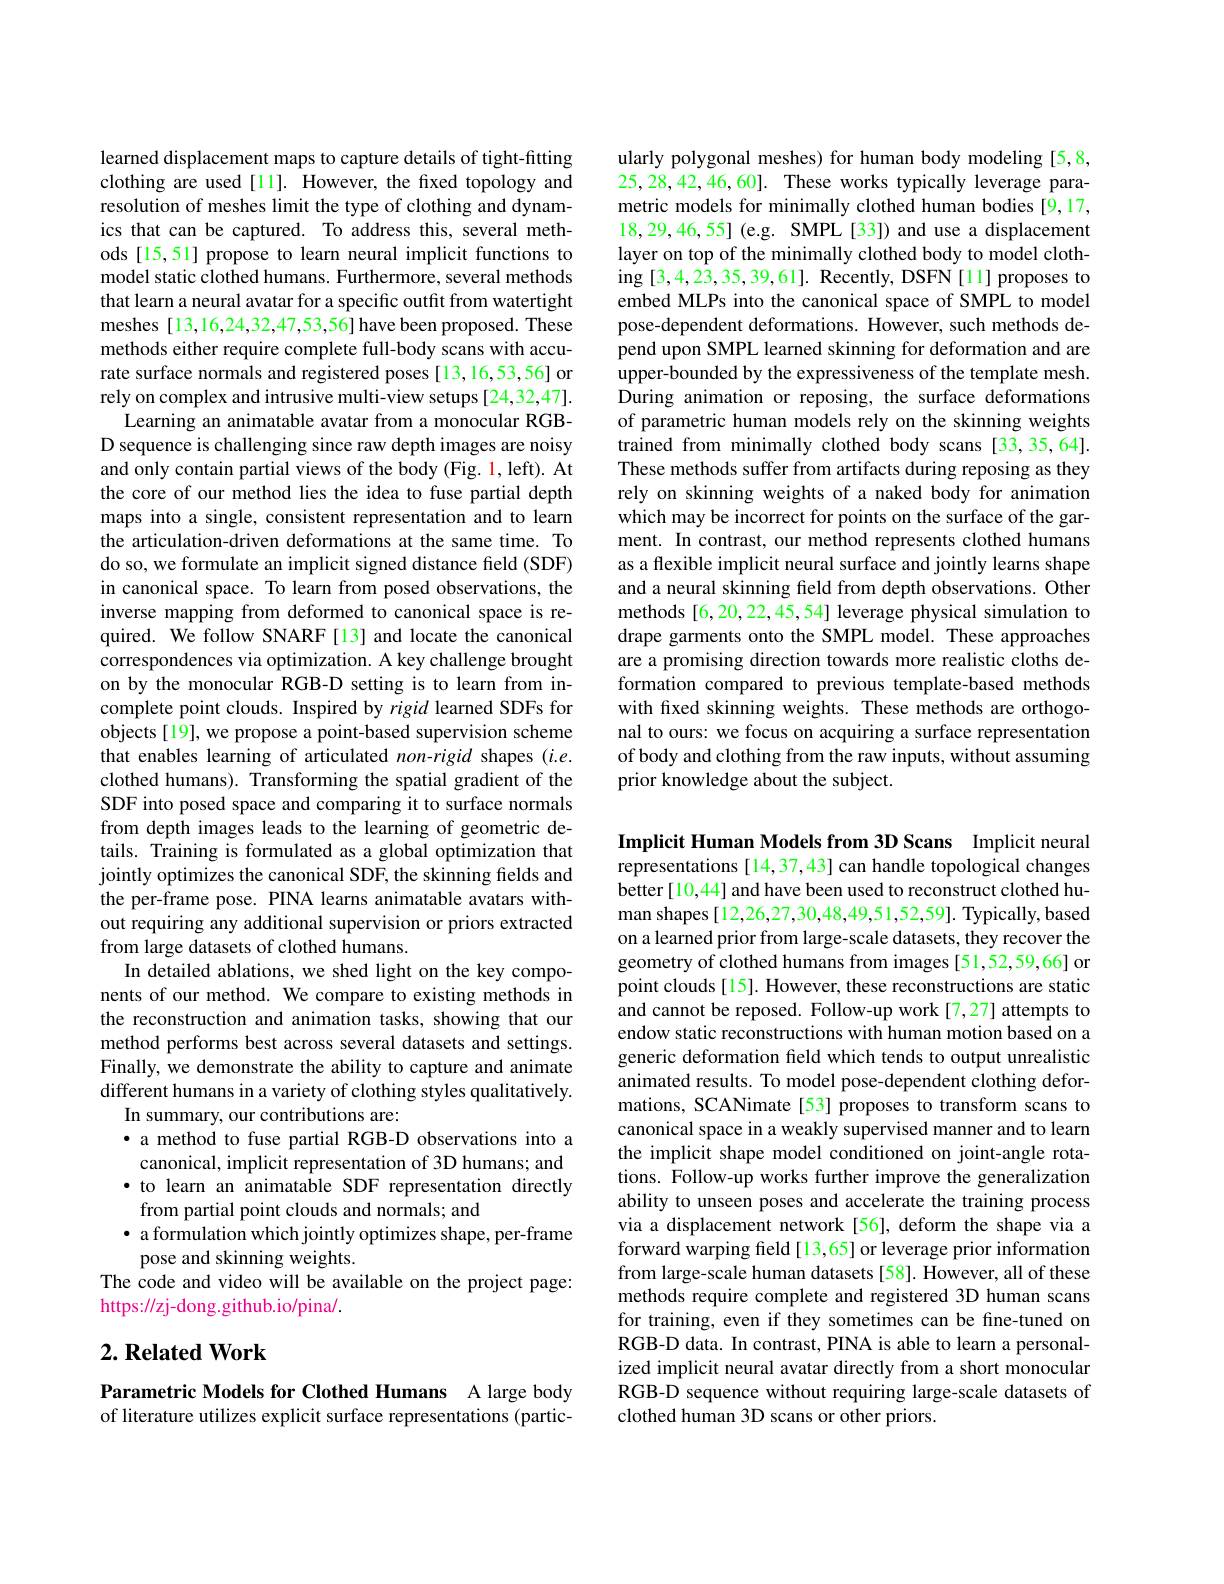
learned displacement maps to capture details of tight-fitting clothing are used[11]. However, the fixed topology and resolution of meshes limit the type of clothing and dynamics that can be captured. To address this, several methods [15,51] propose to learn neural implicit functions to model static clothed humans. Furthermore, several methods that learn a neural avatar for a specific outfit from watertight meshes [13,16,24,32,47,53,56] have been proposed. These methods either require complete full-body scans with accurate surface normals and registered poses [13,16,53,56] or rely on complex and intrusive multi-view setups[24,32,47].
Learning an animatable avatar from a monocular RGBD sequence is challenging since raw depth images are noisy and only contain partial views of the body (Fig. 1, left). At the core of our method lies the idea to fuse partial depth maps into a single, consistent representation and to learn the articulation-driven deformations at the same time. To do so, we formulate an implicit signed distance field (SDF) in canonical space. To learn from posed observations, the inverse mapping from deformed to canonical space is required. We follow SNARF[13] and locate the canonical correspondences via optimization. A key challenge brought on by the monocular RGB-D setting is to learn from incomplete point clouds. Inspired by rigid learned SDFs for objects[19], we propose a point-based supervision scheme that enables learning of articulated $non-rigid$ shapes $(i.e.$ clothed humans). Transforming the spatial gradient of the SDF into posed space and comparing it to surface normals from depth images leads to the learning of geometric details. Training is formulated as a global optimization that jointly optimizes the canonical SDF, the skinning fields and the per-frame pose. PINA learns animatable avatars without requiring any additional supervision or priors extracted from large datasets of clothed humans.
In detailed ablations, we shed light on the key components of our method. We compare to existing methods in the reconstruction and animation tasks, showing that our method performs best across several datasets and settings. Finally, we demonstrate the ability to capture and animate different humans in a variety of clothing styles qualitatively.
In summary, our contributions are:
·a method to fuse partial RGB-D observations into a canonical, implicit representation of 3D humans; and ·to learn an animatable SDF representation directly
from partial point clouds and normals; and
· a formulation which jointly optimizes shape, per-frame
pose and skinning weights.
The code and video will be available on the project page:
https://zj-dong.github.io/pina/.

## $2. \textbf{Related Work}$

Parametric Models for Clothed Humans A large body of literature utilizes explicit surface representations (partic-

ularly polygonal meshes) for human body modeling [5,8, 25,28,42,46,60]. These works typically leverage parametric models for minimally clothed human bodies [9,17, 18,29,46,55] (e.g. SMPL[33]) and use a displacement layer on top of the minimally clothed body to model cloth- $\operatorname{ing}[3,4,23,35,39,61].$ Recently, DSFN[11] proposes to embed MLPs into the canonical space of SMPL to model pose-dependent deformations. However, such methods depend upon SMPL learned skinning for deformation and are upper-bounded by the expressiveness of the template mesh. During animation or reposing, the surface deformations of parametric human models rely on the skinning weights trained from minimally clothed body scans [33,35,64]. These methods suffer from artifacts during reposing as they rely on skinning weights of a naked body for animation which may be incorrect for points on the surface of the garment. In contrast, our method represents clothed humans as a flexible implicit neural surface and jointly learns shape and a neural skinning field from depth observations. Other methods [6,20,22,45,54] leverage physical simulation to drape garments onto the SMPL model. These approaches are a promising direction towards more realistic cloths deformation compared to previous template-based methods with frxed skinning weights. These methods are orthogonal to ours: we focus on acquiring a surface representation of body and clothing from the raw inputs, without assuming prior knowledge about the subject.

Implicit Human Models from 3D Scans Implicit neural representations [14,37,43] can handle topological changes better [10,44] and have been used to reconstruct clothed human shapes [12,26,27,30,48,49,51,52,59]. Typically, based on a learned prior from large-scale datasets, they recover the geometry of clothed humans from images[51,52,59,66] or point clouds [15]. However, these reconstructions are static and cannot be reposed. Follow-up work [7,27] attempts to endow static reconstructions with human motion based on a generic deformation field which tends to output unrealistic animated results. To model pose-dependent clothing deformations, SCANimate[53] proposes to transform scans to canonical space in a weakly supervised manner and to learn the implicit shape model conditioned on joint-angle rotations. Follow-up works further improve the generalization ability to unseen poses and accelerate the training process via a displacement network[56], deform the shape via a forward warping field[13,65] or leverage prior information from large-scale human datasets [58]. However, all of these methods require complete and registered 3D human scans for training, even if they sometimes can be fine-tuned on RGB-D data. In contrast, PINA is able to learn a personalized implicit neural avatar directly from a short monocular RGB-D sequence without requiring large-scale datasets of clothed human 3D scans or other priors.